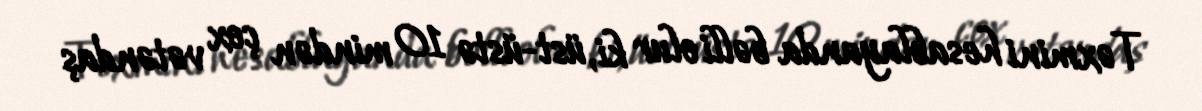
Təxmini hesablayanda bəlli olur ki, üst-üstə 10 mindən çox vətəndaş